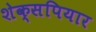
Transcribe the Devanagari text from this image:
शेक्सपियार